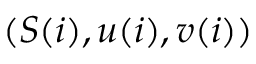
( S ( i ) , u ( i ) , v ( i ) )